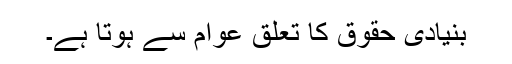
بنیادی حقوق کا تعلق عوام سے ہوتا ہے۔